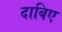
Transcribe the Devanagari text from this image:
दाबिए